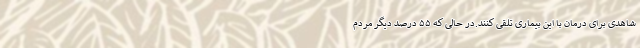
شاهدی برای درمان با این بیماری تلقی کنند.در حالی که ۵۵ درصد دیگر مردم